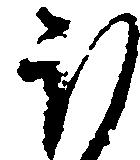
ほ